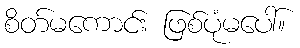
စိတ်မကောင်း ဖြစ်ပုံမပေါ်။